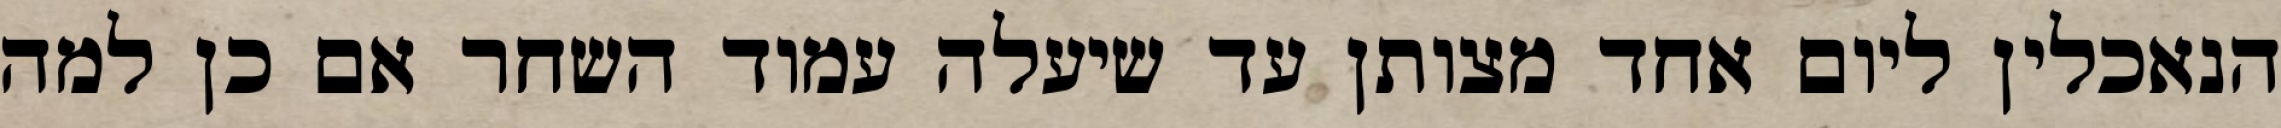
הנאכלין ליום אחד מצותן עד שיעלה עמוד השחר אם כן למה